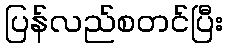
ပြန်လည်စတင်ပြီး